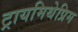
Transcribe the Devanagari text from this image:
ट्रायमिथेप्रिम